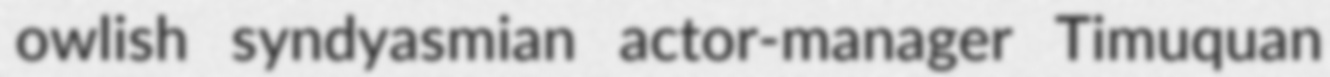
owlish syndyasmian actor-manager Timuquan